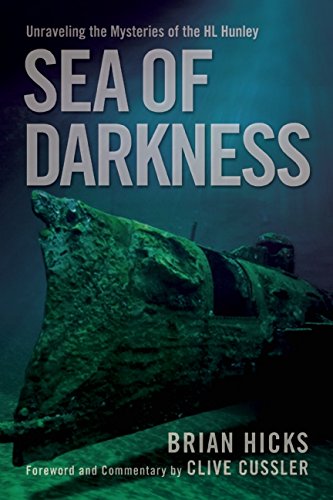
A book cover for Sea of Darkness: Unraveling the Mysteries of the H.L. Hunley; Brian Hicks; History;